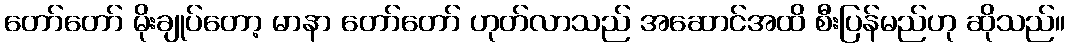
တော်တော် မိုးချုပ်တော့ မာနာ တော်တော် ဟုတ်လာသည် အဆောင်အထိ စီးပြန်မည်ဟု ဆိုသည်။